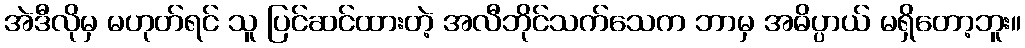
အဲဒီလိုမှ မဟုတ်ရင် သူ ပြင်ဆင်ထားတဲ့ အလီဘိုင်သက်သေက ဘာမှ အဓိပ္ပာယ် မရှိတော့ဘူး။